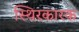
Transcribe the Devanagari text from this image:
स्थिरकारक